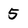
Character: 5